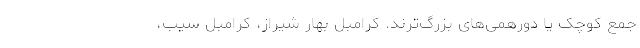
جمع کوچک یا دورهمی‌های بزرگ‌‌ترند. کرامبل بهار شیراز، کرامبل سیب،